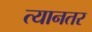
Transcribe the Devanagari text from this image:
त्यानतर